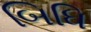
બિધિ